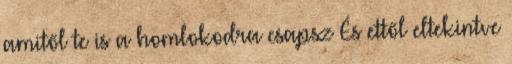
amitől te is a homlokodra csapsz És ettől eltekintve